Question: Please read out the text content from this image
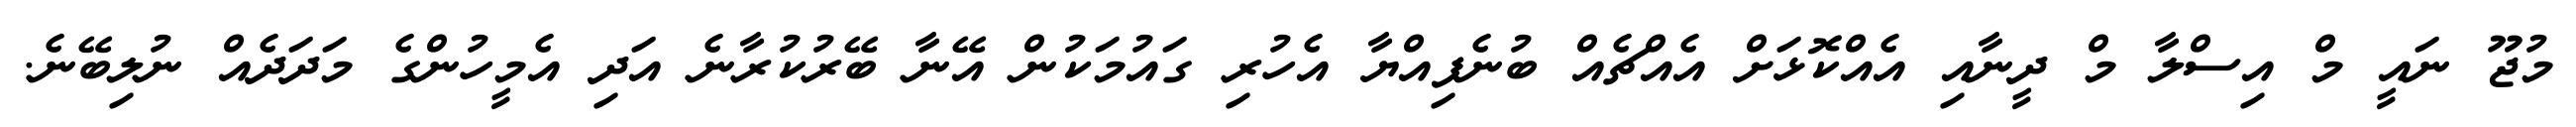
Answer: މުޖޫ ނައީ މް އިސްލާ މް ދީނާއި އެއްކޮޅަށް އެއްޗެއް ބުނެފިއްޔާ އެހުރި ގައުމަކުން އޭނާ ބޭރުކުރާނެ އަދި އެމީހުންގެ މަދަދެއް ނުލިބޭނެ.